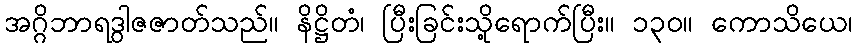
အဂ္ဂိဘာရဒွါဇဇာတ်သည်။ နိဋ္ဌိတံ၊ ပြီးခြင်းသို့ရောက်ပြီး။ ၁၃၀။ ကောသိယေ၊